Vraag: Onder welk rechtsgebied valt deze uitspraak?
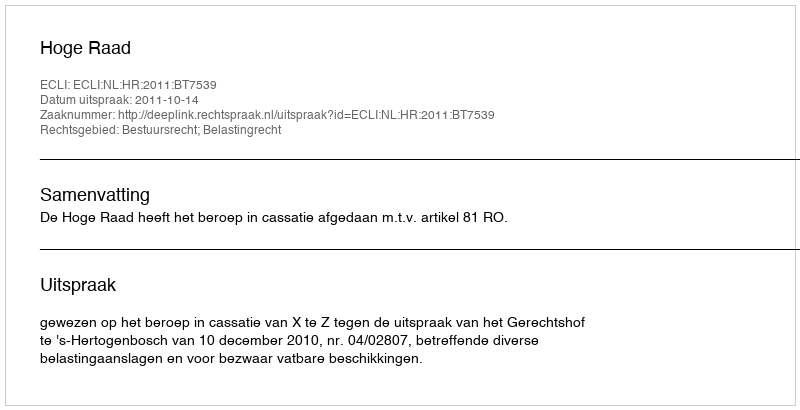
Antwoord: Bestuursrecht; Belastingrecht